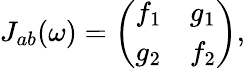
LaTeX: J_{ab}(\omega)=\left(\begin{array}{ll}{f_{1}}&{g_{1}}\\ {g_{2}}&{f_{2}}\end{array}\right),